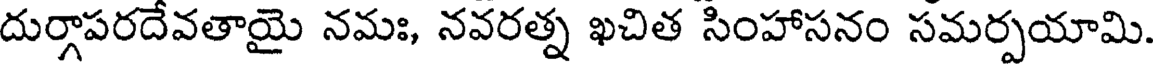
దుర్గాపరదేవతాయై నమః, నవరత్న ఖచిత సింహాసనం సమర్పయామి.